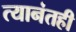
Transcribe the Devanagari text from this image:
त्यानंतही